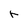
Character: r